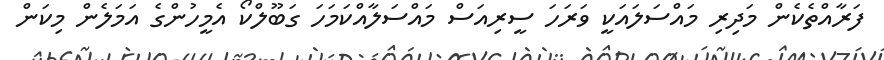
ފަރާއްތެކެން މަދިރި މައްސަލައަކީ ވަރަހަ ސީރިއަސް މައްސަލާއްކަމަހަ ގަބޫލްކޯ އެމީހުންގެ އަމަލެން މިކަން